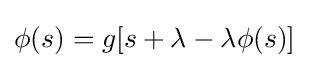
\phi (s)=g[s+\lambda -\lambda \phi (s)]